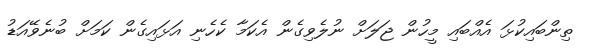
ތިންބައިކުޅަ އެއްބައި މީހުން ޖަލަށް ނުލެވިގެން އެކަމާ ކެހެނި އަޅައިގެން ކަމަށް ބުނެވޭއަޑު